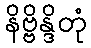
နိဗ္ဗိန္ဒိတုံ